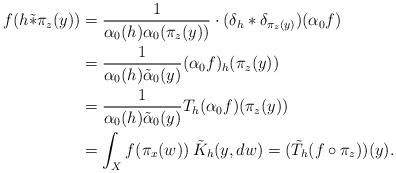
LaTeX: \begin{align*}f(h\tilde*\pi_z(y)) &= \frac{1}{\alpha_0(h)\alpha_0(\pi_z(y) )}\cdot (\delta_h*\delta_{\pi_z(y) })(\alpha_0f)\\&=\frac{1}{\alpha_0(h)\tilde\alpha_0(y)} (\alpha_0f)_h(\pi_z(y))\\&=\frac{1}{\alpha_0(h)\tilde\alpha_0(y)} T_h(\alpha_0f)(\pi_z(y))\\&= \int_X f(\pi_x(w)) \> \tilde K_h(y,dw) =(\tilde T_h(f\circ\pi_z))(y).\end{align*}